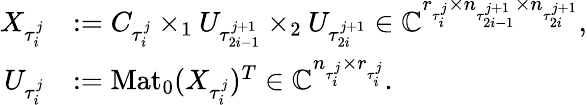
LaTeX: \begin{array}{rl}{X_{\tau_{i}^{j}}}&{:=C_{\tau_{i}^{j}}\times_{1}U_{\tau_{2i-1}^{j+1}}\times_{2}U_{\tau_{2i}^{j+1}}\in\mathbb{C}^{r_{\tau_{i}^{j}}\times n_{\tau_{2i-1}^{j+1}}\times n_{\tau_{2i}^{j+1}}},}\\ {U_{\tau_{i}^{j}}}&{:=\mathrm{Mat}_{0}(X_{\tau_{i}^{j}})^{T}\in\mathbb{C}^{n_{\tau_{i}^{j}}\times r_{\tau_{i}^{j}}}.}\end{array}